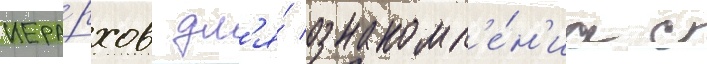
иера́рхов дл'я́ ознакомл'е́н'иа с